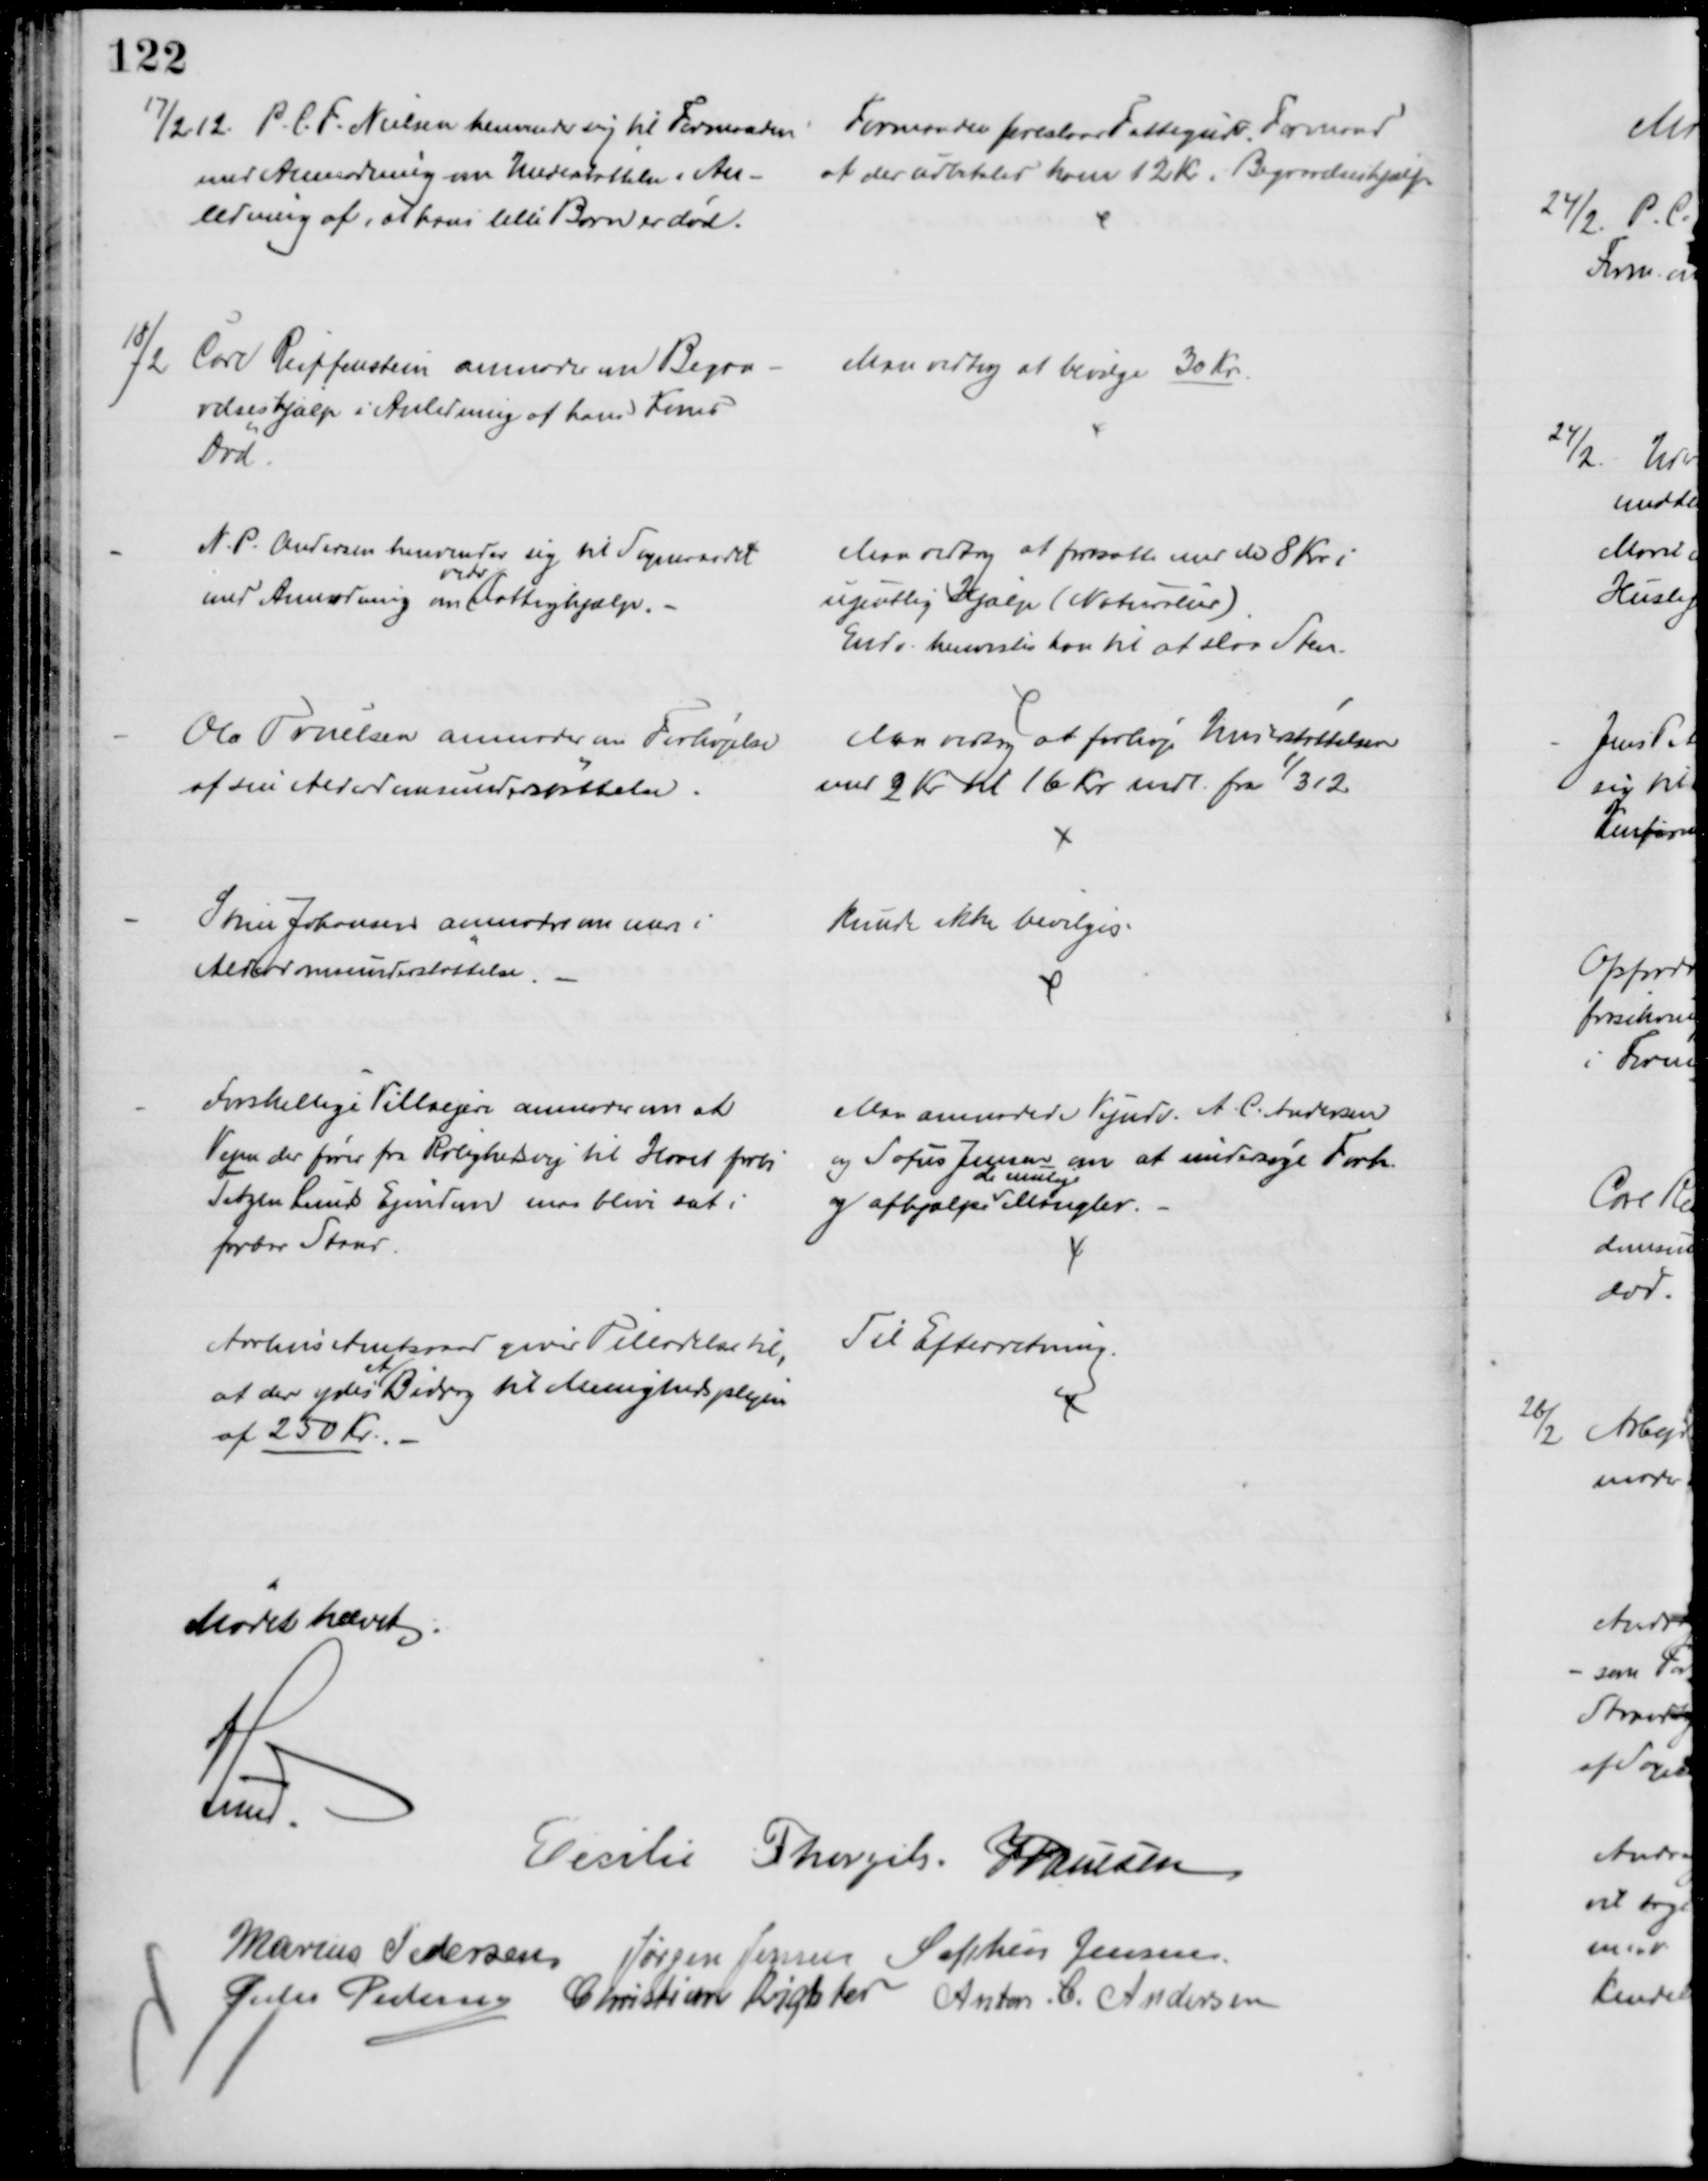
Transskription:
17/2 12. P. C. F. Nielsen henvender sig til Formanden 
med Anmodning om Understøttelse i An-
ledning af, at hans lille Barn er død.
Formanden foreslaar Fattigudv. Formand
at der udbetales ham 12 Kr i Begravelseshjælp
18/2 Carl Reiffenstein anmoder om Begra-
velseshjælp i Anledning af hans Kones
Død.
Man vedtog at bevilge 30 Kr.
N. P. Andersen henvender sig til Sogneraadet
med Anmodning om 
vedv
Fattighjælp.
Man vedtog at fortsætte med de 8 Kr i
ugentlig Hjælp (Naturalier)
Endv. henvistes han til at slaa Sten.
Ole Truelsen anmoder om Forhøjelse
af sin Alderdomsunderstøttelse.
Man vedtog at forhøje Understøttelsen
med 2 Kr til 16 Kr mdl. fra 1/3 12
Stine Johansen anmoder om mere i
Alderdomsunderstøttelse.
kunde ikke bevilges.
Forskellige Villaejere anmoder om at
Vejen der fører fra Rolighedsvej til Havet forbi
Tetzen Lunds Ejendom maa blive sat i
farbar Stand.
Man anmodede Vejudv. A. C. Andersen
og Sofus Jensen om at undersøge Forh.
og afhjælpe 
de mulige
Mangler.
Aarhus Amtsraad giver Tilladelse til,
at der ydes 
et
Bidrag til Menighedsplejen
af 250 Kr.
Til Efterretning.
Mødet hævet
A Lund.
Cecilie Thorgils. J Poulsen
Marius Pedersen Jørgen Jensen Sophus Jensen
Peder Pedersen Christian Richter Anton. C. Andersen